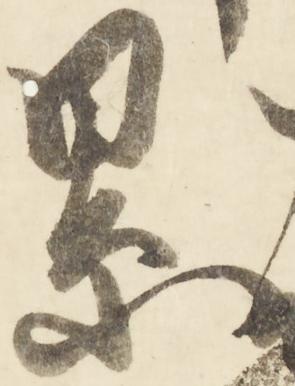
累